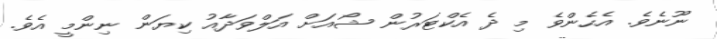
ނޫނެވެ. އެހެންވެ މި ދެ އެކްޓަރުން ޝޯއަށް އަލްވަދާއު ކިޔަން ނިންމީ އެވެ.